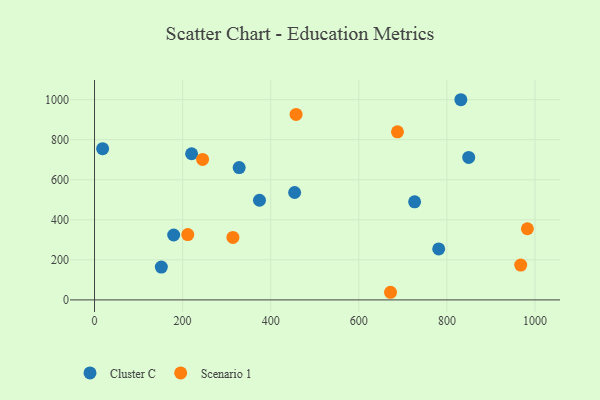
{"axis": {"x": "Price", "y": "Yield"}, "legend": ["Cluster C", "Scenario 1"], "data": [{"x": "454.3", "y": 536.5, "type": "Cluster C"}, {"x": "831.7", "y": 999.7, "type": "Cluster C"}, {"x": "220.4", "y": 729.9, "type": "Cluster C"}, {"x": "781.4", "y": 254.4, "type": "Cluster C"}, {"x": "328.4", "y": 660.7, "type": "Cluster C"}, {"x": "151.7", "y": 163.7, "type": "Cluster C"}, {"x": "374.5", "y": 497.7, "type": "Cluster C"}, {"x": "18.4", "y": 755.0, "type": "Cluster C"}, {"x": "179.7", "y": 324.1, "type": "Cluster C"}, {"x": "849.5", "y": 711.7, "type": "Cluster C"}, {"x": "726.7", "y": 490.0, "type": "Cluster C"}, {"x": "982.7", "y": 355.4, "type": "Scenario 1"}, {"x": "672.0", "y": 38.1, "type": "Scenario 1"}, {"x": "245.3", "y": 701.5, "type": "Scenario 1"}, {"x": "314.2", "y": 312.2, "type": "Scenario 1"}, {"x": "687.8", "y": 839.3, "type": "Scenario 1"}, {"x": "457.6", "y": 926.3, "type": "Scenario 1"}, {"x": "211.7", "y": 326.4, "type": "Scenario 1"}, {"x": "967.6", "y": 173.8, "type": "Scenario 1"}]}